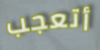
أتعجب